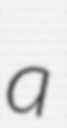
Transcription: a